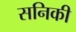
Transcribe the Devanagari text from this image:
सनिकी